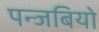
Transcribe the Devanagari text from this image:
पन्जबियो